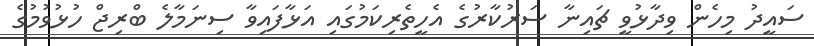
ސައީދު މިހެން ވިދާޅުވީ ޗައިނާ ސަރުކާރުގެ އެހީތެރިކަމުގައި އަޅާފައިވާ ސިނަމާލެ ބްރިޖް ހުޅުވުމުގެ